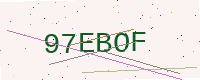
Text: 97EBOF